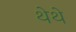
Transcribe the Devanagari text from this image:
थेथे